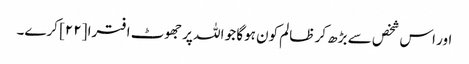
اور اس شخص سے بڑھ کر ظالم کون ہوگا جو اللہ پر جھوٹ افترا [٢٢] کرے۔